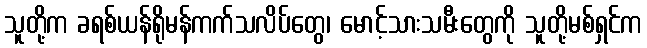
သူတို့က ခရစ်ယန်ရိုမန်ကက်သလိပ်တွေ၊ မောင့်သားသမီးတွေကို သူတို့မစ်ရှင်က